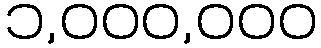
၁,၀၀၀,၀၀၀